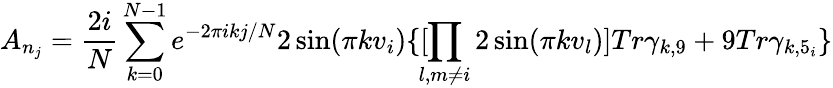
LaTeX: A_{n_{j}}=\frac{2i}{N}\sum_{k=0}^{N-1}e^{-2\pi ikj/N}2\sin(\pi kv_{i})\{ [\! \! \prod_{l,m\not=i}2\sin(\pi kv_{l})]Tr\gamma_{k,9}+9Tr\gamma_{k,5_{i}}\}